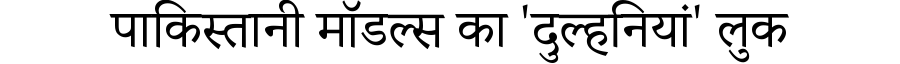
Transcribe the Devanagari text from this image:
पाकिस्तानी मॉडल्स का 'दुल्हनियां' लुक